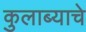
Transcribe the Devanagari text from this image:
कुलाब्याचे